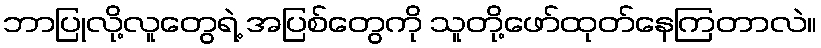
ဘာပြုလို့လူတွေရဲ့ အပြစ်တွေကို သူတို့ဖော်ထုတ်နေကြတာလဲ။